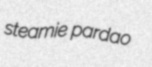
steamie pardao